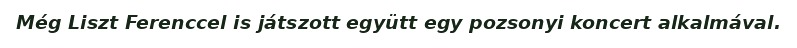
Még Liszt Ferenccel is játszott együtt egy pozsonyi koncert alkalmával.